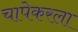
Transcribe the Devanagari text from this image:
चापेकरला